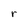
Character: r